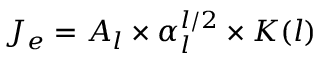
J _ { e } = A _ { l } \times \alpha _ { l } ^ { l / 2 } \times K ( l )